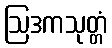
ဩဒကသုတ္တံ